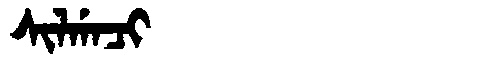
Manchu: ᠰᡳᠯᡤᠠᠴᡳ
Romanization: SILGACI